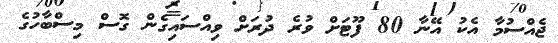
ޖެއްސުމާ އެކު އޭނާ 80 ފޫޓަށް ވުރެ ދުރަށް ވިއްސައިގެން ގޮސް މިސްބާހުގެ